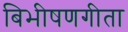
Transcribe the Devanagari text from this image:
बिभीषणगीता